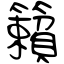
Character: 籟